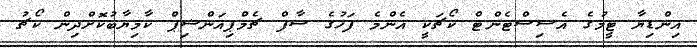
އިންޑިޔާ ޓީމުގެ އެސިސްޓެންޓް ކޯޗަކީ އެންމެ ފަހުގެ ސާފް ޗެމްޕިއަންޝިޕް ކާމިޔާބުކޮށްދިން ކޯޗު